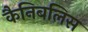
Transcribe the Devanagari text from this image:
कैनिबलिस